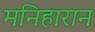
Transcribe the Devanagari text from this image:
मनिहारान